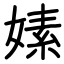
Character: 嫊